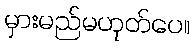
မှားမည်မဟုတ်ပေ။